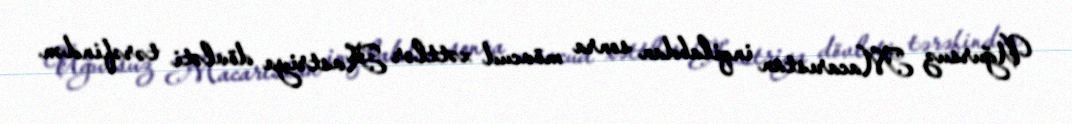
Uğursuz Macarıstan inqilabdan sonra mövcud xəttlər Avstriya dövləti tərəfindən